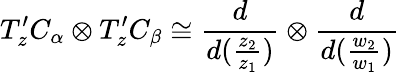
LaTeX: T_{z}^{\prime}C_{\alpha}\otimes T_{z}^{\prime}C_{\beta}\cong\frac{d}{d(\frac{z_{2}}{z_{1}})}\otimes\frac{d}{d(\frac{w_{2}}{w_{1}})}